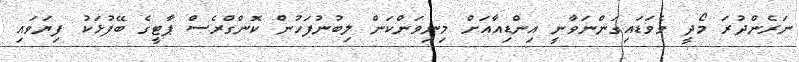
ނަރެންދުރަ މޯދީ ވެވަޑައިގަންނަވާނީ އިންޑިއާއަށް މިނިވަންކަން ލިބުނުފަހުން ކޮންގްރެސް ޕާޓީގެ ބޭފުޅަކު ފިޔަވައި